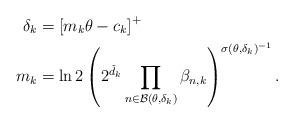
LaTeX: \begin{align*} \delta_k & = \left[ m_k \theta - c_k \right]^+ \\ m_k & = \ln 2 \left( 2^{\check{d}_k} \prod_{n \in \mathcal{B} (\theta, \delta_k) } \beta_{n,k} \right)^{ \sigma(\theta, \delta_k)^{-1} } .\end{align*}